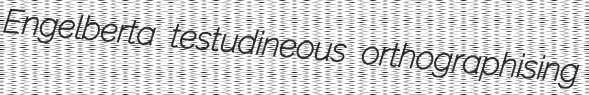
Engelberta testudineous orthographising